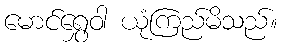
မောင်ရွှေဝါ ယုံကြည်မိသည်။